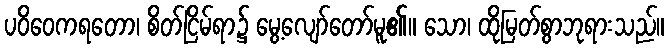
ပဝိဝေကရတော၊ စိတ်ငြိမ်ရာ၌ မွေ့လျော်တော်မူ၏။ သော၊ ထိုမြတ်စွာဘုရားသည်။